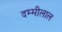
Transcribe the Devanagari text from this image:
दम्मीलाल